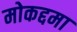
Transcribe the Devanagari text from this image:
मोकद्दमा